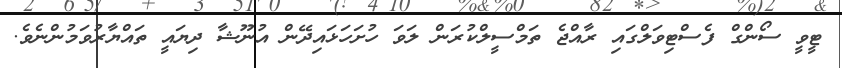
ޓީވީ ސޯންގް ފެސްޓިވަލްގައި ރާއްޖެ ތަމްސީލްކުރަން ލަވަ ހުށަހަޅައިދޭން އުނޫޝާ ދިޔައީ ތައްޔާރުވަމުންނެވެ.